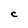
Character: C